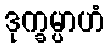
ဒုက္ခမ္ပာဟံ